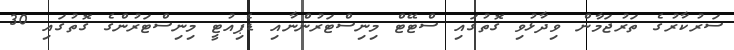
ސަރުކާރުގެ ތަރުޖަމާން ވިދާޅުވި ގޮތުގައި ސްޓޭޓް މިނިސްޓަރުންނާއި ޑެޕިއުޓީ މިނިސްޓަރުންގެ ގޮތުގައި 30